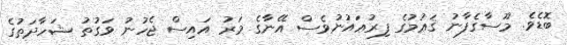
ބޮޑެވެ. މޫސާގެފާނު ޤަޢުމުގެ ފިރުޢައުނުވެސް އޭނާގެ މަރު އައިސް ޖެހުނު ވަގުތު ޝަހާދަތުގެ